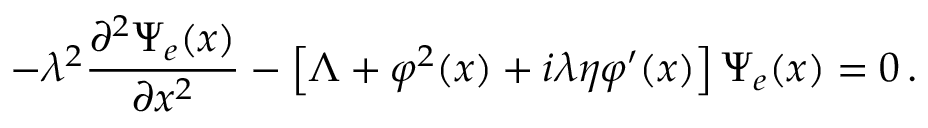
- \lambda ^ { 2 } \frac { \partial ^ { 2 } \Psi _ { e } ( x ) } { \partial x ^ { 2 } } - \left[ \Lambda + \varphi ^ { 2 } ( x ) + i \lambda \eta \varphi ^ { \prime } ( x ) \right] \Psi _ { e } ( x ) = 0 \, .